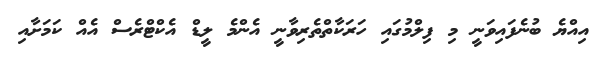
އިއްޔެ ބުނެފައިވަނީ މި ފިލްމުގައި ހަރަކާތްތެރިވާނީ އެންމެ ލީޑް އެކްޓްރެސް އެއް ކަމަށާއި